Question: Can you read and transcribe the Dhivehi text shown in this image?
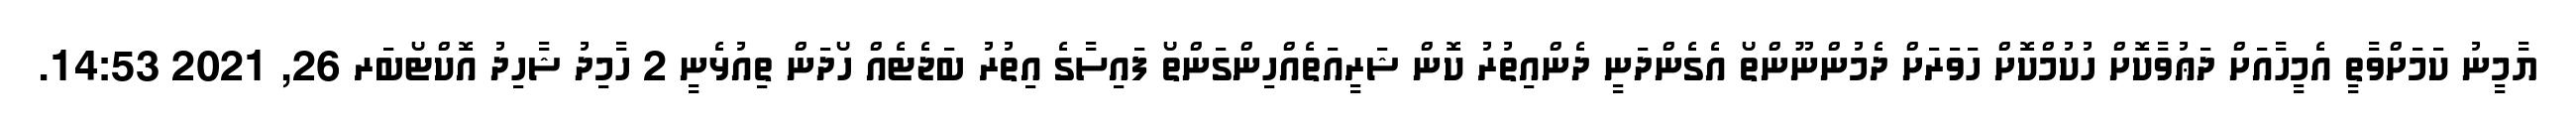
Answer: ޔާމީނު ކަމަށްވާތީ އެމީހާއަށް ދަޢުވާކޮށް ހުކުމްކޮށް ހަވަރަށް ދެމުންނޫންތޯ އެގެންދަނީ ދެންއިތުރު ކޮން ޝަރީއަތެއްހިންގަންތޯ ފައިސާގެ އިތުރު ބަޖެޓެއް ހޯދަން ތިއުޅެނީ 2 ހާމިދު ޝާހިދު އޮކްޓޯބަރ 26, 2021 14:53.